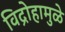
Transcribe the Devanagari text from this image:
विद्रोहामुळे